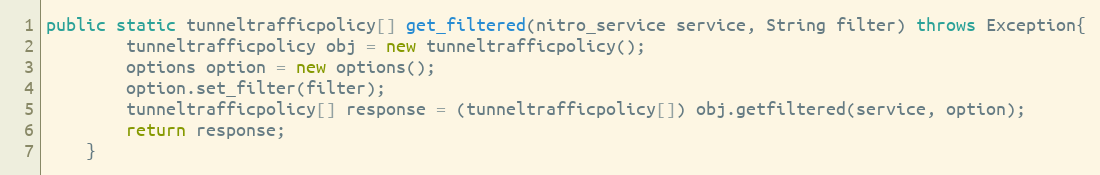
Language: Java
public static tunneltrafficpolicy[] get_filtered(nitro_service service, String filter) throws Exception{
		tunneltrafficpolicy obj = new tunneltrafficpolicy();
		options option = new options();
		option.set_filter(filter);
		tunneltrafficpolicy[] response = (tunneltrafficpolicy[]) obj.getfiltered(service, option);
		return response;
	}